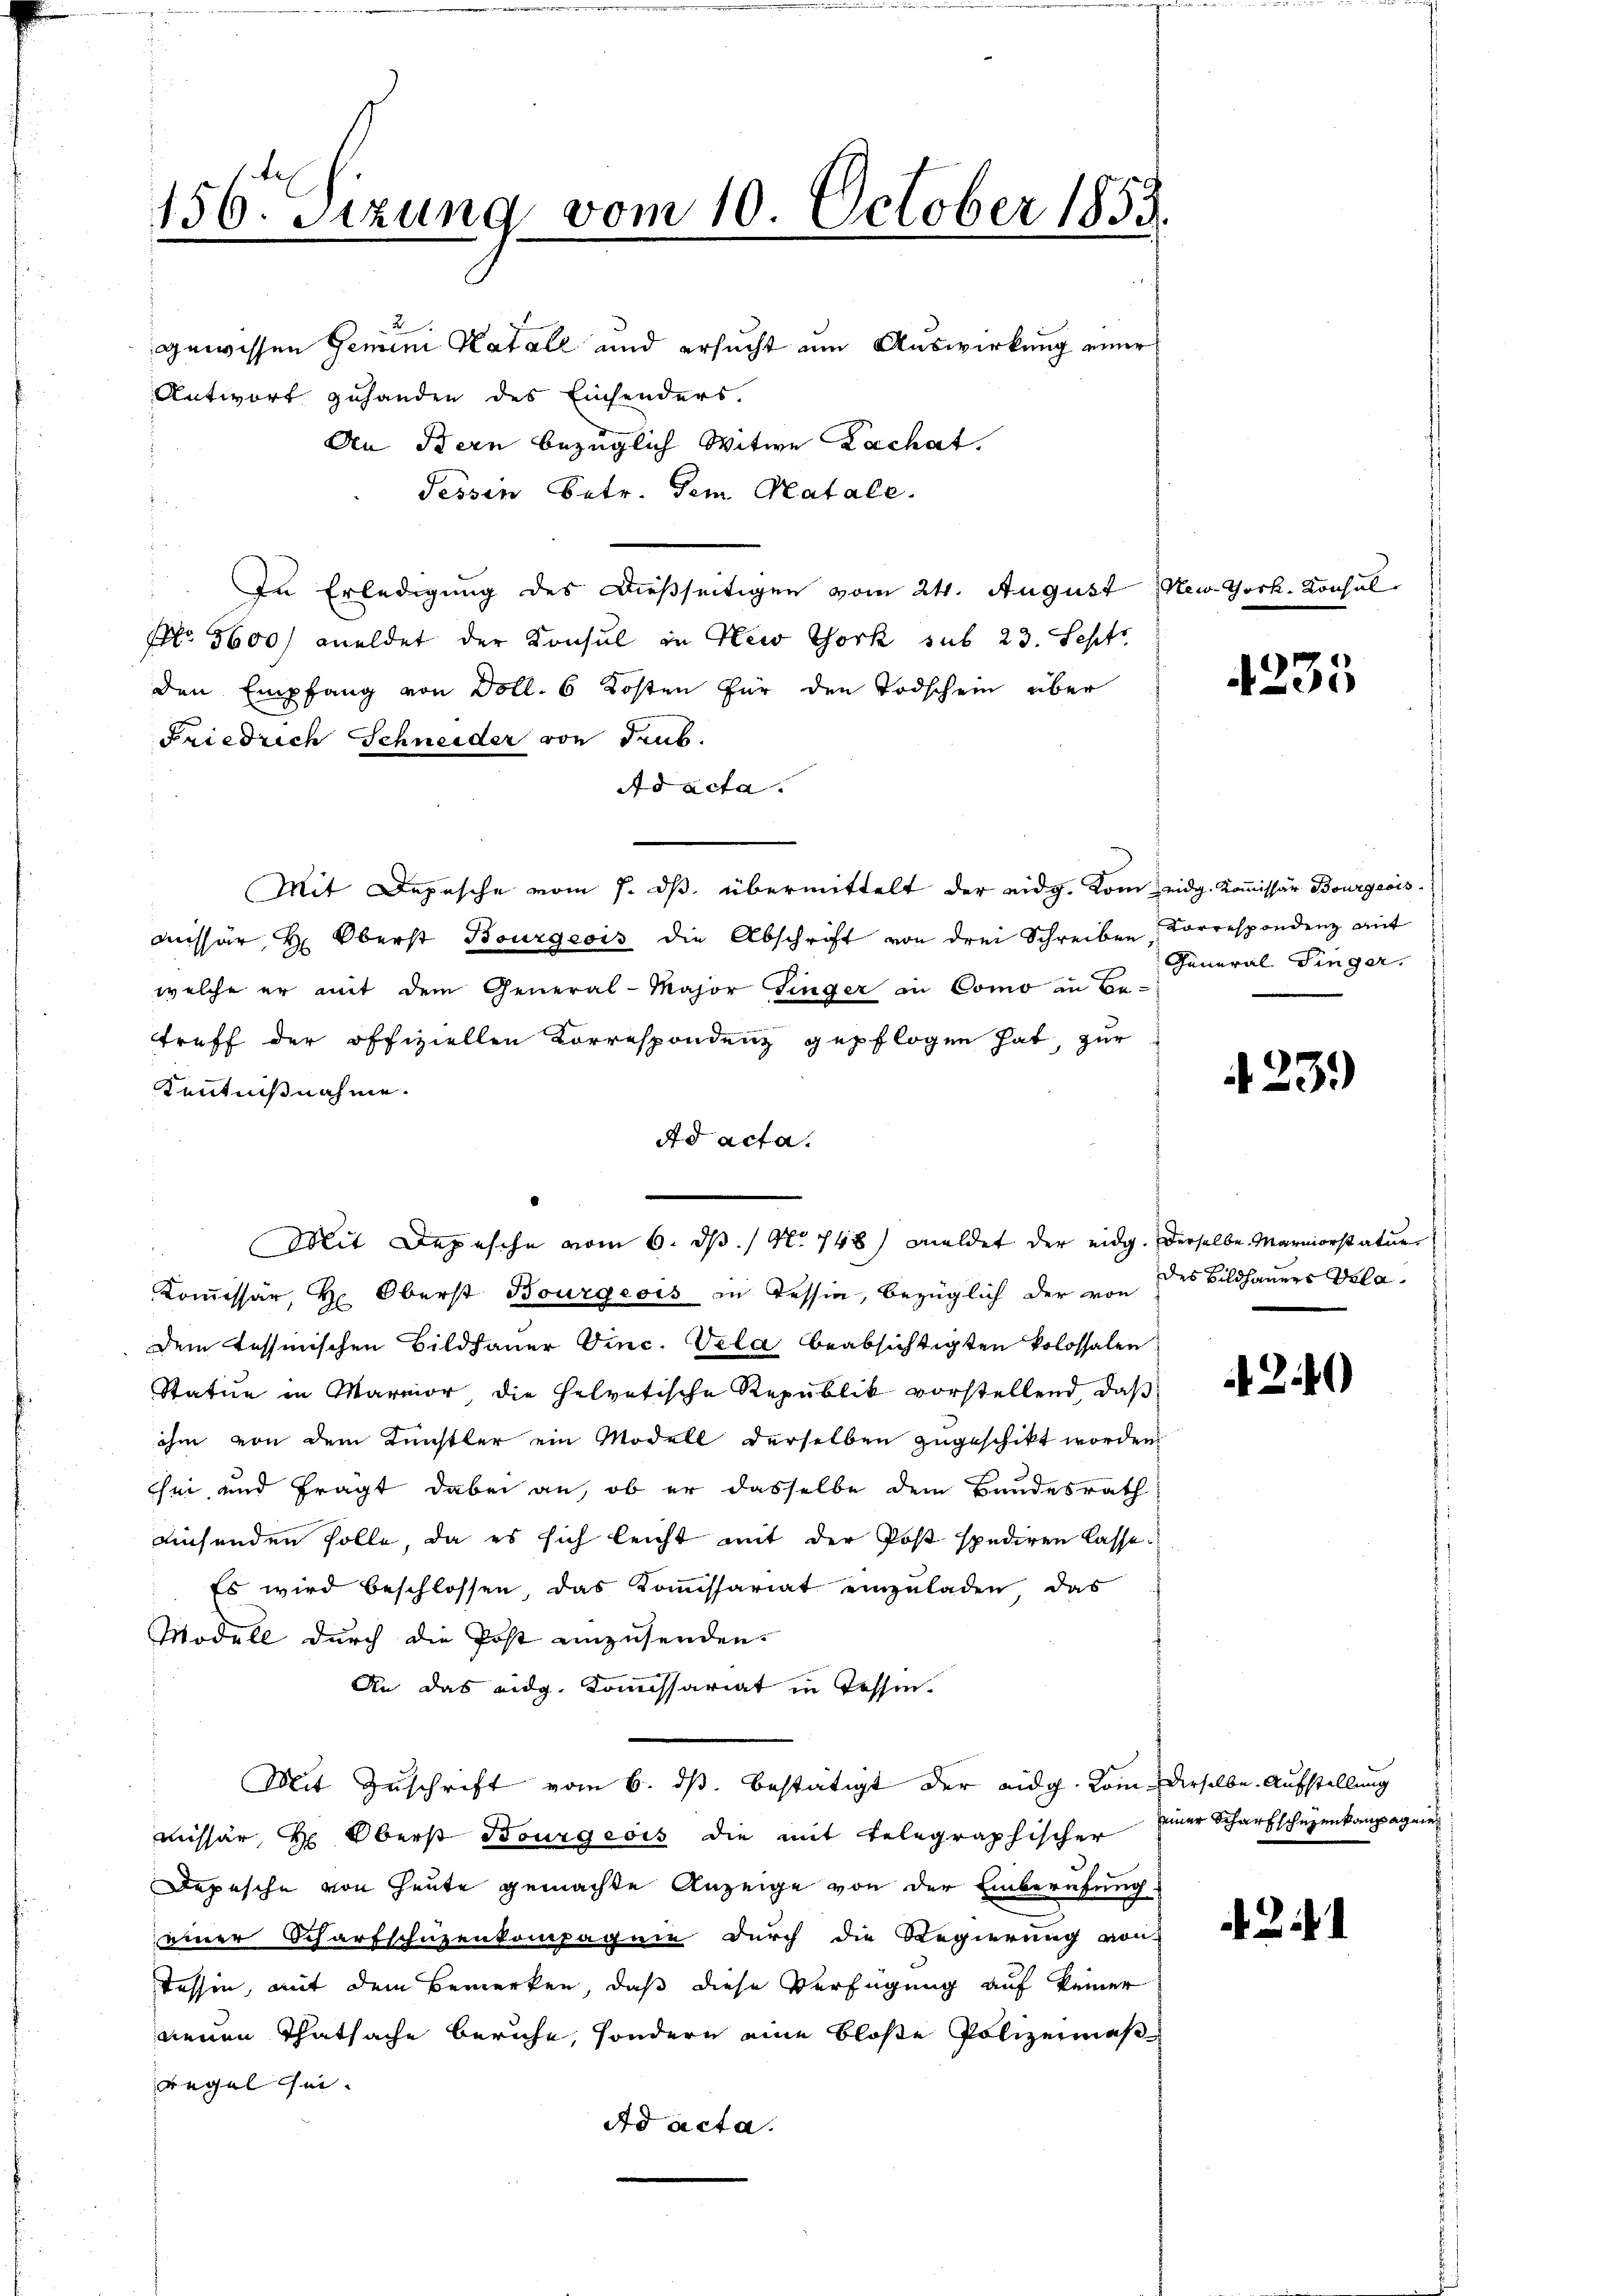
156. Sizung vom 10. October 1853
.

gewissen Gemini Katale und ersucht um Auswirkung einer
Antwort zuhanden des Einsenders.
An Stern bezüglich Witwe Zachat.
Tessin betr. dem Katale.
In Erledigung des Dießseitigen vom 24. August New York. Konsul-
No 5600 meldet der Konsul in New York sub 23. Sept
den Empfang von Doll. 6 Kosten für den Todschein über
Friedrich Schneider von dens.
Ad acta.
Mit Depesche vom 7. ds. übermittelt der eidg. Vom eidg. Kommissär Bourgeois
missär H: Oberst Bourgeois die Abschrift von drei Schreiben Korrespondenz mit
welche er mit dem General-Major Finger in Como in Be-
treff der offiziellen Korrespondenz gepflogen hat, zur
Kenntnißnahme.
Ad acta.
Kommissär, Hr. Oberst Bourgeois in Tessin, bezüglich der von des Bildhauers Vola¬
Dem Tessinischen Bildhauer Vinc. Vela beabsichtigten kolossalen
Statue in Marmor die helvetische Republik vorstellend, daß
ihm von dem Künstler ein Modell derselben zugeschikt worden,
sei und fragt dabei an, ob er dasselbe dem Bundesrath
ausenden solle, da es sich leicht mit der Post spediren lasse.
Es wird beschlossen, das Kommissariat einzuladen, das
Modell durch die Post einzusenden.
An das eidg. Kommissariat in Tessin.
Mit Zuschrift vom 6. ds. bestätigt der eidg. Rom derselbe Aufstellung
missär H: Oberst Bourgeois die mit telegraphischer einer Scharfschuzenkompagnier
Depesche von Heute gemachte Anzeige von der Einberufung
einer Scharfschüzenkompagnie durch die Regierung von
Tessin, mit dem Bemerken, daß diese Verfügung auf keiner
neuen Thatsache beruhe, sondern eine bloße Polizeimäß¬
Regel sei.
Ad acta.

Mit Depesche vom 6. ds. / No 748) meldet der eidg. Derselbe Marniorstatuer

4235

General Singer.

23.)

240